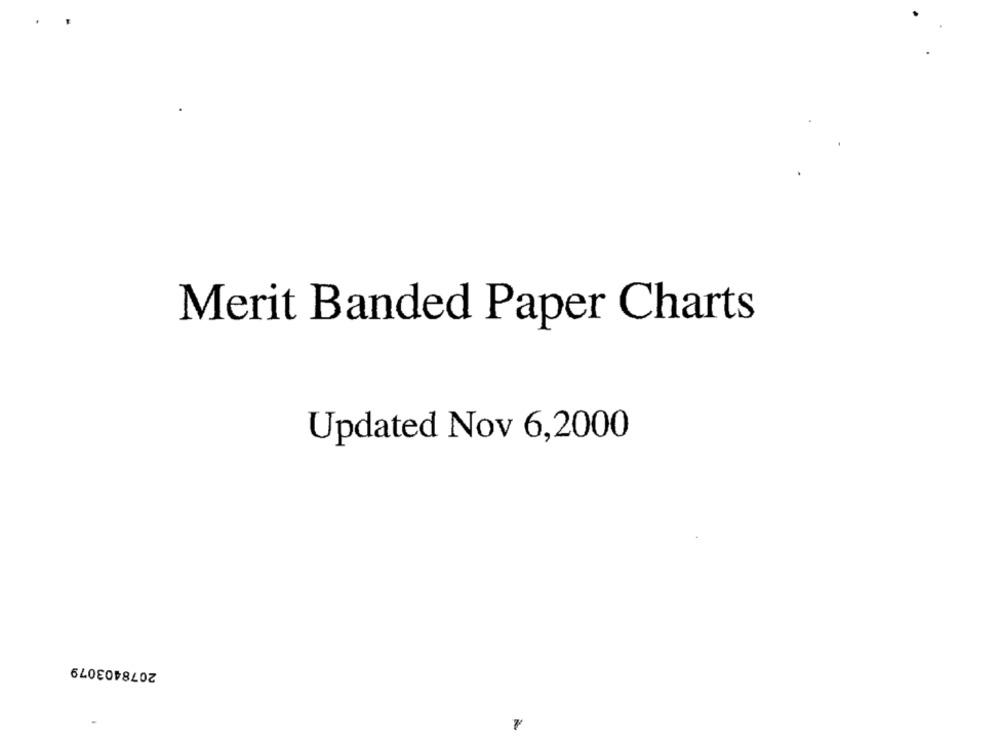
Merit Banded Paper Charts
Updated Nov 6,2000
2078403079